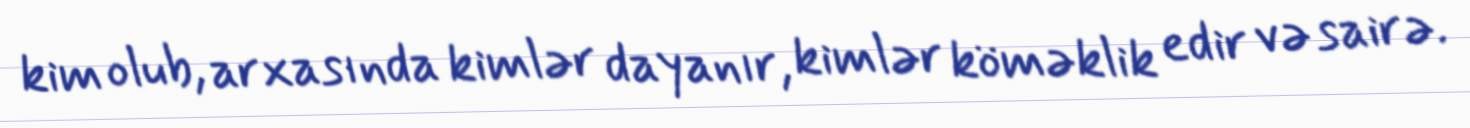
kim olub, arxasında kimlər dayanır, kimlər köməklik edir və sairə.